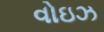
વોઇઝ